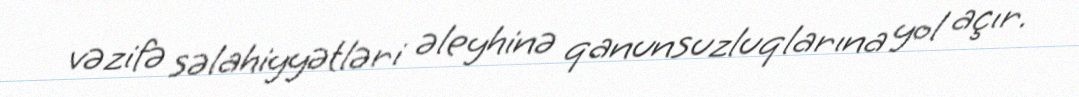
vəzifə səlahiyyətləri əleyhinə qanunsuzluqlarına yol açır.